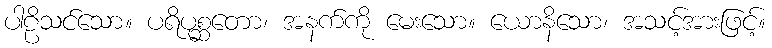
ပါဠိသင်သော။ ပရိပုစ္ဆတော၊ အနက်ကို မေးသော။ ယောနိသော၊ အသင့်အားဖြင့်။